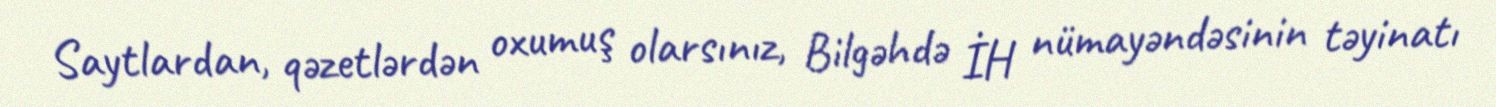
Saytlardan, qəzetlərdən oxumuş olarsınız, Bilgəhdə İH nümayəndəsinin təyinatı